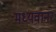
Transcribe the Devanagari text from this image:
मध्यवानर